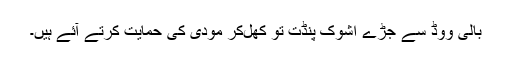
بالی ووڈ سے جڑے اشوک پنڈت تو کھل‌کر مودی کی حمایت کرتے آئے ہیں۔